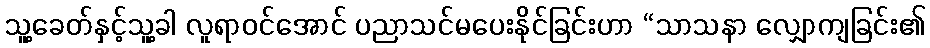
သူ့ခေတ်နှင့်သူ့ခါ လူရာဝင်အောင် ပညာသင်မပေးနိုင်ခြင်းဟာ “သာသနာ လျှောကျခြင်း၏